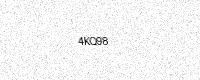
Text: 4KQ98